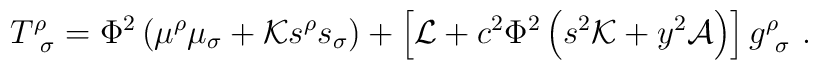
T^\rho_{\ \sigma}=\Phi^2\left(\mu^\rho\mu_\sigma+{\cal K} s^\rho s_\sigma\right)+\left[{\cal L}+c^2\Phi^2 \left(s^2 {\cal K}+y^2{\cal A}\right)\right]g^\rho_{\ \sigma}\ .